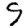
Digit: 9